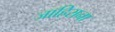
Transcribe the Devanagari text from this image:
जाहिराना